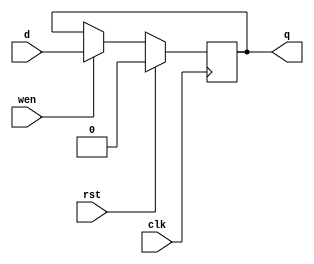

module dff (q, d, wen, clk, rst);

    output         q; //DFF output
    input          d; //DFF input
    input 	   wen; //Write Enable
    input          clk; //Clock
    input          rst; //Reset (used synchronously)

    reg            state;

    assign q = state;

    always @(posedge clk) begin
      state = rst ? 0 : (wen ? d : state);
    end

endmodule